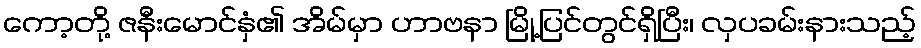
ကော့တို့ ဇနီးမောင်နှံ၏ အိမ်မှာ ဟာဗနာ မြို့ပြင်တွင်ရှိပြီး၊ လှပခမ်းနားသည့်